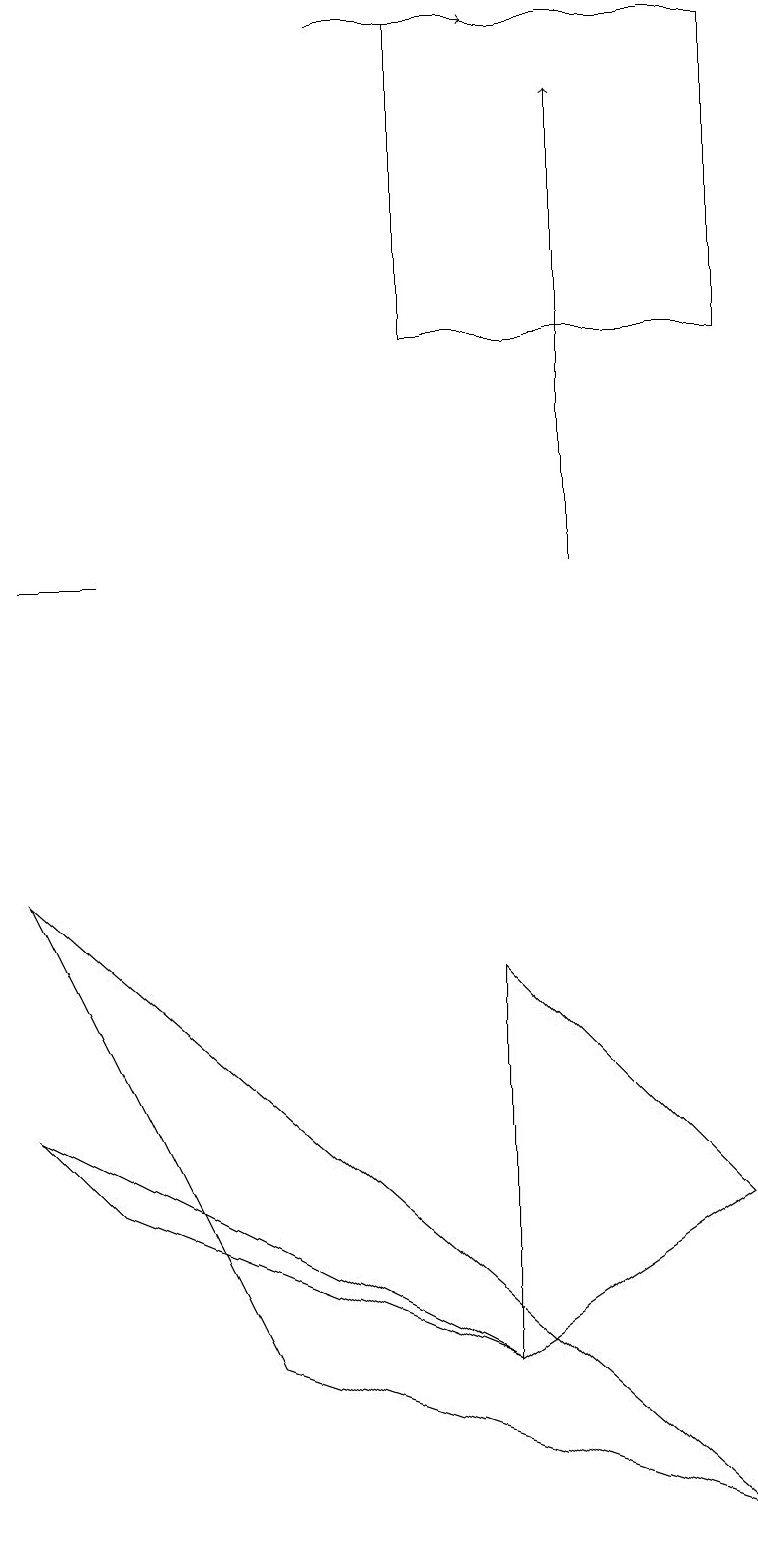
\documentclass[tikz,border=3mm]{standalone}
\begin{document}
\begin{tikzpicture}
\draw (9,4) -- (6,7) -- (6,2) -- cycle;
\draw[->] (4,19) -- (6,19);
\draw (1,4) -- (0,5) -- (6,2) -- cycle;
\draw (1,12) rectangle (0,12);
\draw[->] (7,12) -- (7,18);
\draw (3,2) -- (9,0) -- (0,8) -- cycle;
\draw (9,15) rectangle (5,19);
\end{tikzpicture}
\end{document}